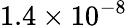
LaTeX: {1.4\times 10^{-8}}